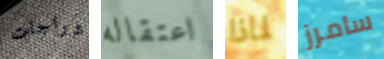
دراجات اعتقاله لماذا سامرز